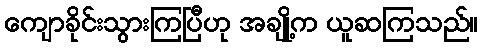
ကျောခိုင်းသွားကြပြီဟု အချို့က ယူဆကြသည်။